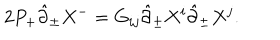
2 P _ { + } \hat { \partial } _ { \pm } X ^ { - } = G _ { i j } \hat { \partial } _ { \pm } X ^ { i } \hat { \partial } _ { \pm } X ^ { j } .